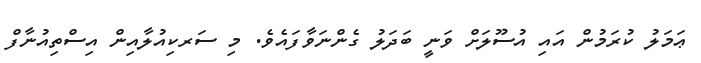
ޢަމަލު ކުރަމުން އައި އުސޫލަށް ވަނީ ބަދަލު ގެންނަވާފައެވެ. މި ސަރކިއުލާއިން އިސްތިއުނާފް